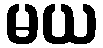
မယ